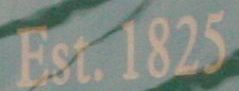
Est. 1825